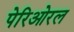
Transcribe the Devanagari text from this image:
पेरिओरल